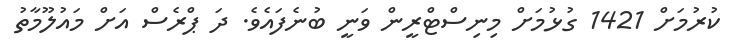
ކުރުމަށް 1421 ގުޅުމަށް މިނިސްޓްރީން ވަނީ ބުނެފައެވެ. ދަ ޕްރެސް އަށް މައުލޫމާތު